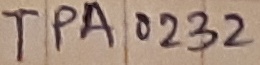
Text: TPA0232